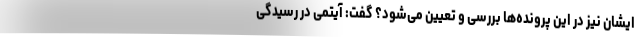
ایشان نیز در این پرونده‌ها بررسی و تعیین می‌شود؟ گفت: آیتمی در رسیدگی